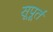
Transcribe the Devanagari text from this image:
सूपूर्त